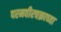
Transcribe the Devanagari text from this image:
परमवीरचक्राच्या